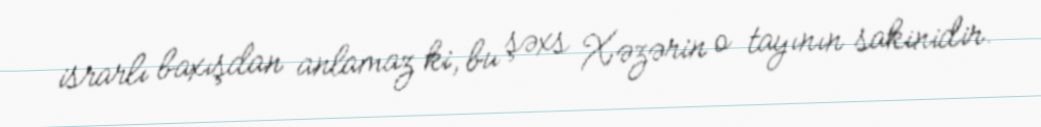
israrlı baxışdan anlamaz ki, bu şəxs Xəzərin o tayının sakinidir.